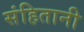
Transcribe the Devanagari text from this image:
संहितानी